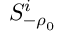
S _ { - \rho _ { 0 } } ^ { i }